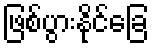
ဖြစ်ပွားနိုင်ခြေ